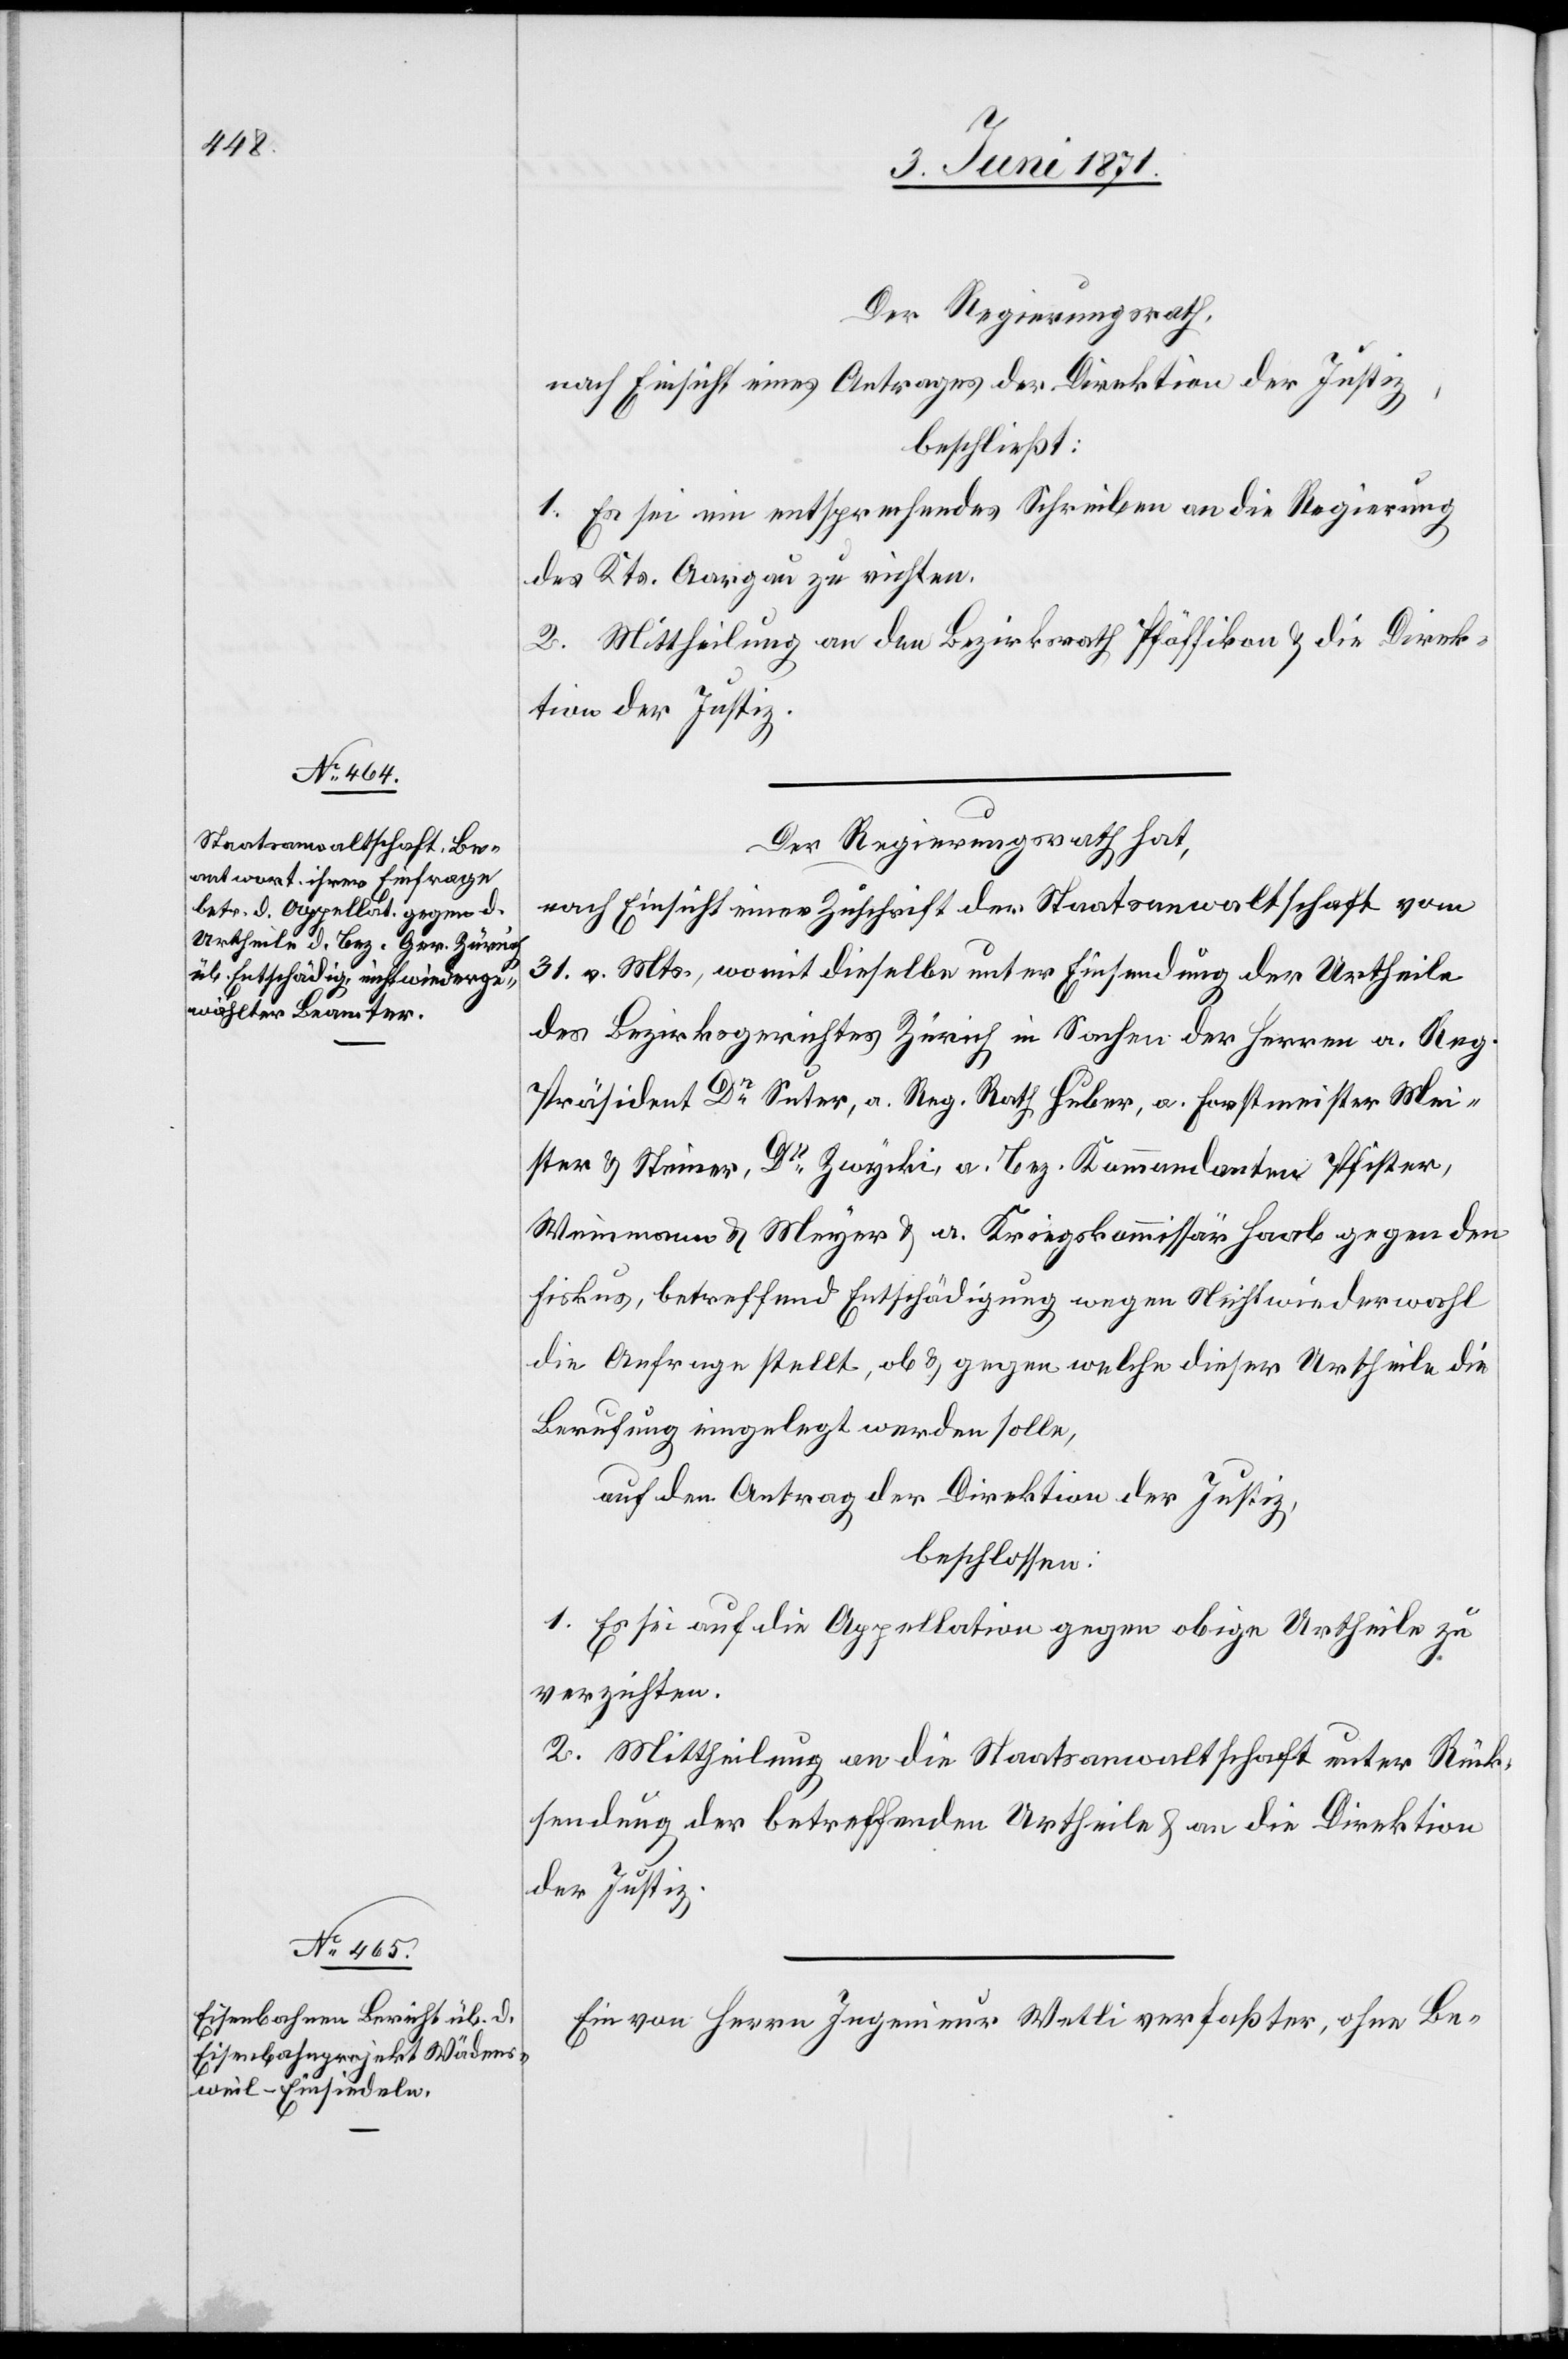
Der Regierungsrath,
nach Einsicht eines Antrages der Direktion der Justiz,
beschließt:
1. Es sei ein entsprechendes Schreiben an die Regierung
des Kts. Aargau zu richten.
2. Mittheilung an den Bezirksrath Pfäffikon u. die Direk¬
tion der Justiz.
Der Regierungsrath hat,
nach Einsicht einer Zuschrift der Staatsanwaltschaft vom
31. v. Mts., womit dieselbe unter Einsendung der Urtheile
des Bezirksgerichtes Zürich in Sachen der Herren a. Reg.
Präsident Dr. Suter, a. Reg. Rath Huber, a. Forstmeister Mei¬
ster u. Steiner, Dr. Zwycki, a. Bez. Kommandanten Pfister,
Weinmann u. Meyer u. a. Kriegskommissär Haab gegen den
Fiskus, betreffend Entschädigung wegen Nichtwiederwahl
die Anfrage stellt, ob u. gegen welche dieser Urtheile die
Berufung eingelegt werden solle,
auf den Antrag der Direktion der Justiz,
beschlossen:
1. Es sei auf die Appellation gegen obige Urtheile zu
verzichten.
2. Mittheilung an die Staatsanwaltschaft unter Rück¬
sendung der betreffenden Urtheile u. an die Direktion
der Justiz.
Ein von Herrn Ingenieur Wetli verfaßter, ohne Be-